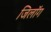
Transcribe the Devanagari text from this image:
जिलॉग